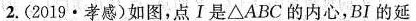
2.(2019·孝感)如图，点Ⅰ是△ABC的内心，BI的延